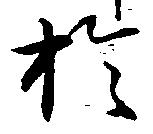
於